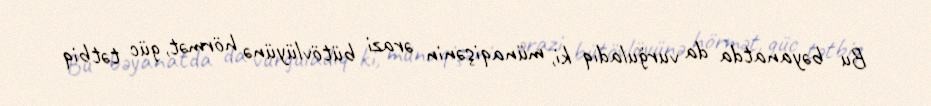
Bu bəyanatda da vurğuladıq ki, münaqişənin ərazi bütövlüyünə hörmət, güc tətbiq